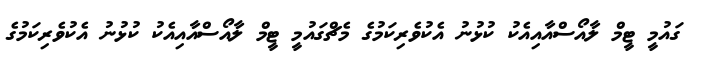
ގައުމީ ޓީމް ލާއޯސްއާއިއެކު ކުޅުނު އެކުވެރިކަމުގެ މެޗްގައުމީ ޓީމް ލާއޯސްއާއިއެކު ކުޅުނު އެކުވެރިކަމުގެ